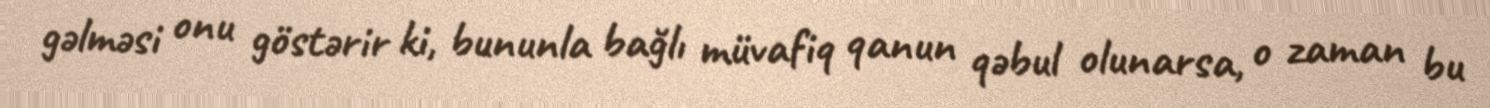
gəlməsi onu göstərir ki, bununla bağlı müvafiq qanun qəbul olunarsa, o zaman bu